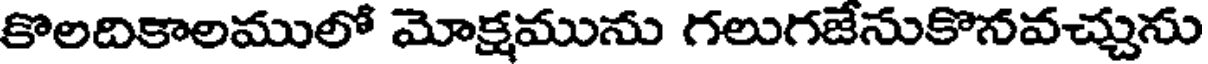
కొలదికాలములో మోక్షమును గలుగజేసుకొనవచ్చును